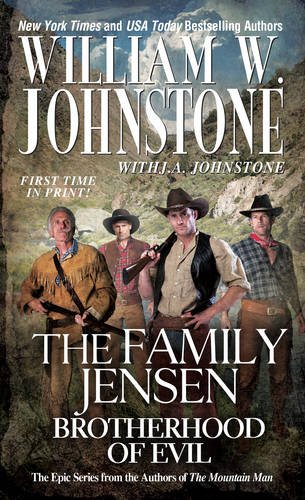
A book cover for Brotherhood of Evil (The Family Jensen); William W. Johnstone; Literature & Fiction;